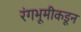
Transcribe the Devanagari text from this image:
रंगभूमीकडून